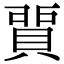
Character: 𧶝